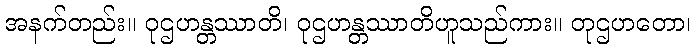
အနက်တည်း။ ဝုဌဟန္တဿာတိ၊ ဝုဌဟန္တဿာတိဟူသည်ကား။ တုဌဟတော၊